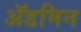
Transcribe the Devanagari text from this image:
ॲडमिन